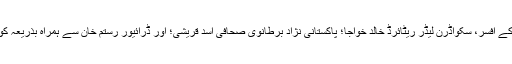
وہ ایک دوسرے سابقہ آئی ایس آئی کے افسر، سکواڈرن لیڈر ریٹائرڈ خالد خواجا؛ پاکستانی نژاد برطانوی صحافی اسد قریشی؛ اور ڈرائیور رستم خان سے ہمراہ بذریعہ کوہاٹ شمالی وزیرستان جارہے تھے۔